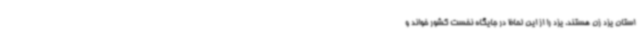
استان یزد زن هستند، یزد را از این لحاظ در جایگاه نخست کشور خواند و